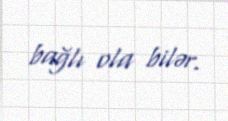
bağlı ola bilər.